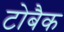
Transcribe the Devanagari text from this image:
टोबैक